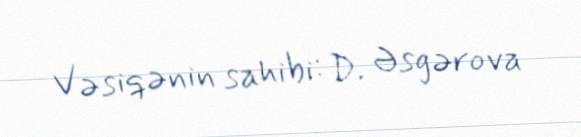
Vəsiqənin sahibi: D. Əsgərova